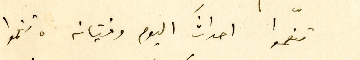
تنعّموا احداثَ اليوم وفتيانه، تنعموا